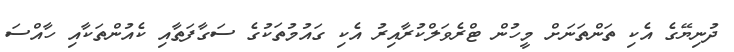
ދުނިޔޭގެ އެކި ތަންތަނަށް މީހުން ޓްރެވަލްކުރާއިރު އެކި ގައުމުތަކުގެ ސަގާފަތާއި ކެއުންތަކާއި ހާއްސަ